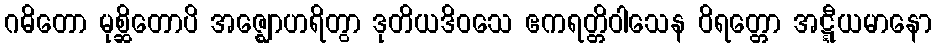
ဂဓိတော မုစ္ဆိတောပိ အဇ္ဈောဟရိတွာ ဒုတိယဒိဝသေ ဧကရတ္တိဝါသေန ဝိရတ္တော အဋ္ဋီယမာနော